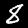
Digit: 8